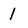
Character: 1